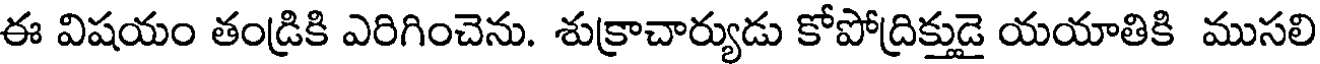
ఈ విషయం తండ్రికి ఎరిగించెను. శుక్రాచార్యుడు కోపోద్రిక్తుడై యయాతికి ముసలి